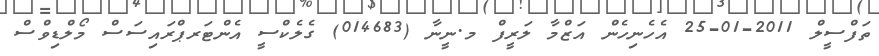
ތަފްސީލް 2011-01-25 އެހެނިހެން އަޒްމާ ލަރީފް މ.ނީނާ (014683) ގެލެކްސީ އެންޓަރޕްރައިސަސް މޯލްޑިވްސް